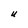
Character: U